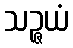
သဉ္ဇယံ